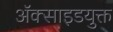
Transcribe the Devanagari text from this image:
अॅक्साइडयुक्त